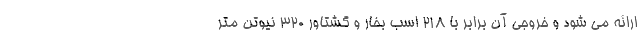
ارائه می شود و خروجی آن برابر با 218 اسب بخار و گشتاور 320 نیوتن متر